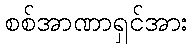
စစ်အာဏာရှင်အား